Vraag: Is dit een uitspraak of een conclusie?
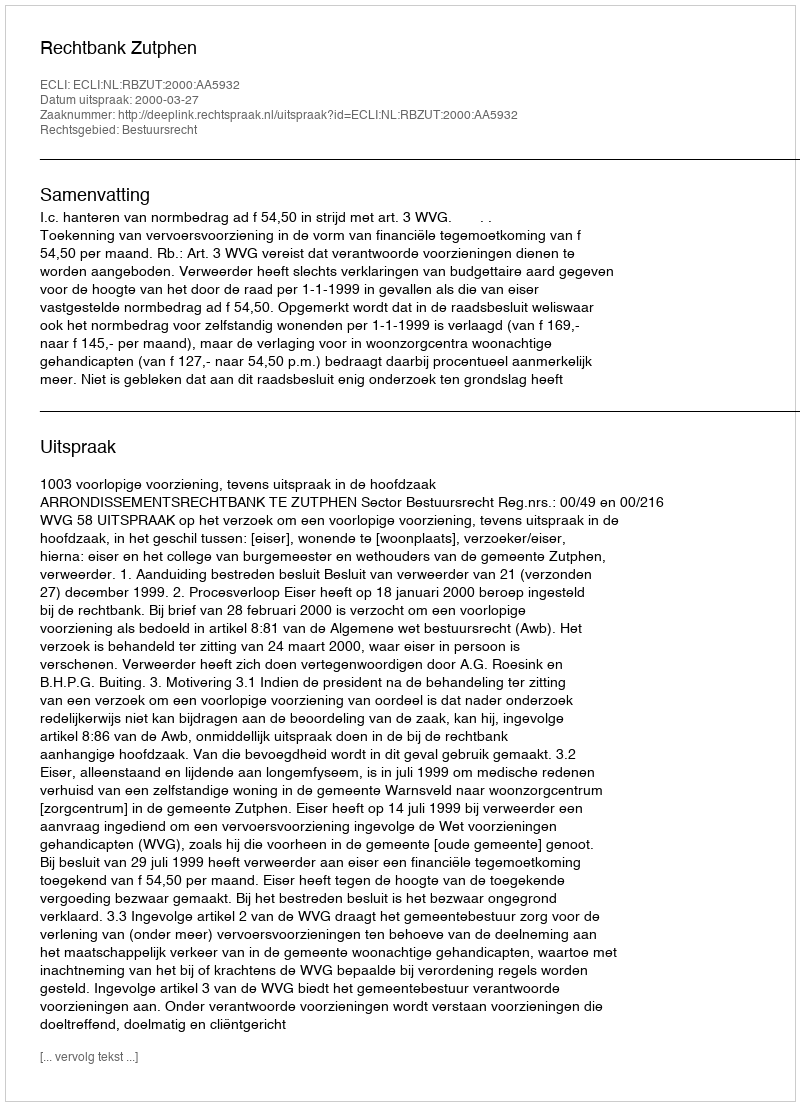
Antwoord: Uitspraak